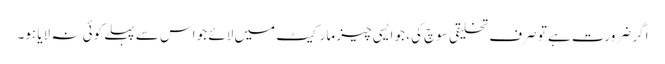
اگر ضرورت ہے تو صرف تخلیقی سوچ کی، جو ایسی چیز مارکیٹ میں لائے جو اس سے پہلے کوئی نہ لایا ہو۔